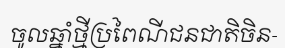
ចូលឆ្នាំថ្មីប្រពៃណីជនជាតិចិន-